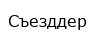
Съезддер